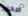
صحيح